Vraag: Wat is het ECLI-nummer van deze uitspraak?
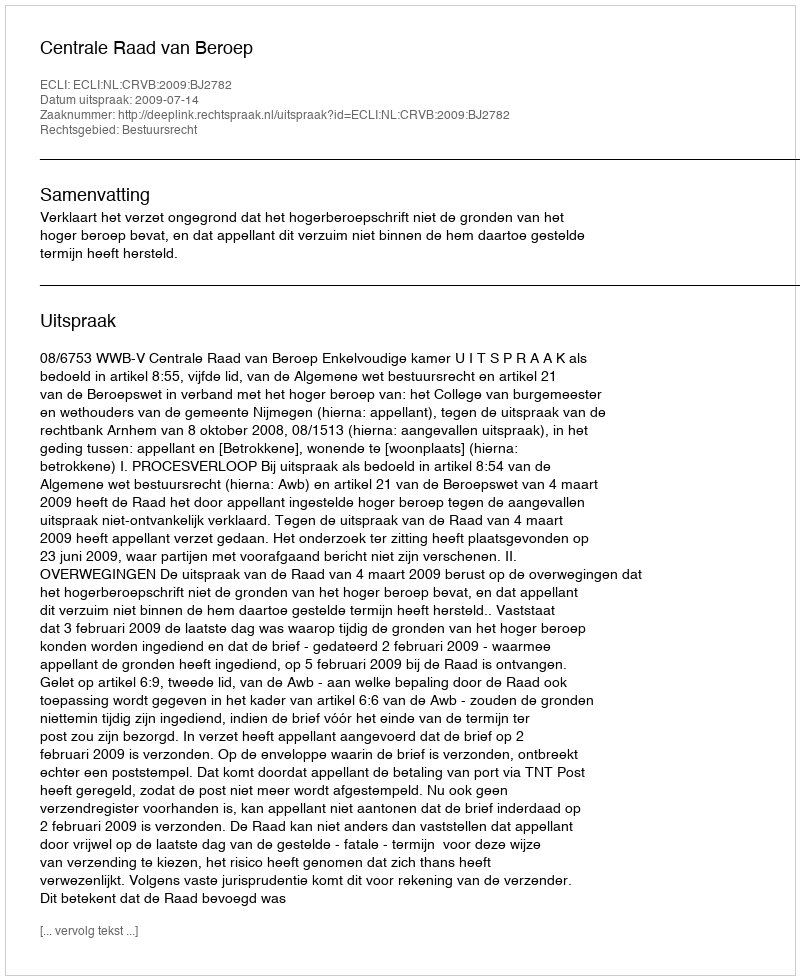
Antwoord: ECLI:NL:CRVB:2009:BJ2782